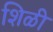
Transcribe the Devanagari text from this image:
शिळी